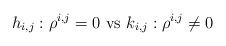
LaTeX: \begin{align*}h_{i,j}:\rho^{i,j}=0 \mbox{ vs } k_{i,j}:\rho^{i,j}\neq 0\end{align*}